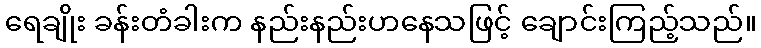
ရေချိုး ခန်းတံခါးက နည်းနည်းဟနေသဖြင့် ချောင်းကြည့်သည်။